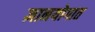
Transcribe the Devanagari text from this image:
ज्ञानयोगात